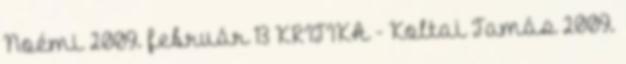
Noémi 2009. február 13 KRITIKA - Koltai Tamás 2009.